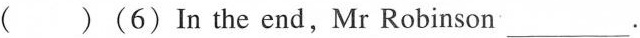
( )(6)In the end,Mr Robinson ___.